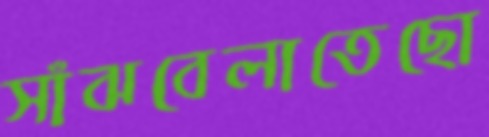
সাঁঝবেলাতেছো